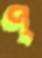
প্